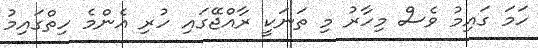
ހަމަ ގައިމު ވެސް މިހާރު މި ތަނަކީ ރާއްޖޭގައި ހުރި އެންމެ ހިތްގައިމު